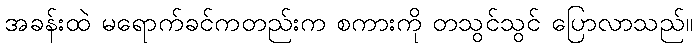
အခန်းထဲ မရောက်ခင်ကတည်းက စကားကို တသွင်သွင် ပြောလာသည်။